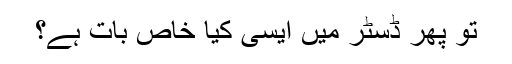
تو پھر ڈسٹر میں ایسی کیا خاص بات ہے؟